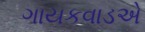
ગાયકવાડએ